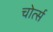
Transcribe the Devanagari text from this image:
चोर्त्स